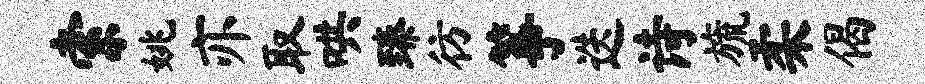
索姚亦取哄臻彷筝迭诗旒柔偈